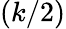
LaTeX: (k/2)